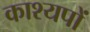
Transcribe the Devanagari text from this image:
काश्यपों